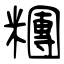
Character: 糰